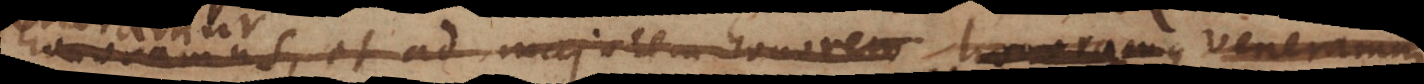
honoramus, et ad majorem honorem honoramus,,